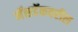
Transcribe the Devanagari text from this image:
नॅसडॅकवरील